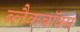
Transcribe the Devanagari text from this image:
ब्लैकबॉक्स